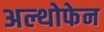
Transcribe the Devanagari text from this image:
अल्थोफेन